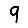
Digit: 9